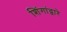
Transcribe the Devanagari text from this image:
शिंगांद्वारे